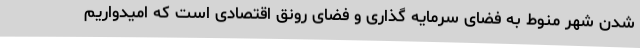
شدن شهر منوط به فضای سرمایه گذاری و فضای رونق اقتصادی است که امیدواریم